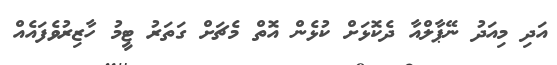
އަދި މިއަދު ނޭޕާލްއާ ދެކޮޅަށް ކުޅެން އޮތް މެޗަށް ގަތަރު ޓީމު ހާޒިރުވެފައެއް